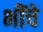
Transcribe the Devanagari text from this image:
भींचे